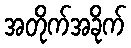
အတိုက်အခိုက်